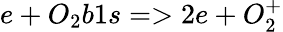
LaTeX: e+O_{2}b1s=>2e+O_{2}^{+}